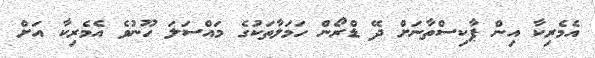
އެމެރިކާ އިން ޕާކިސްތާނަށް ދޭ ޑްރޯން ހަމަލާތަކުގެ މައްސަލަ ހޫނުވެ އެމެރިކާ އަށް